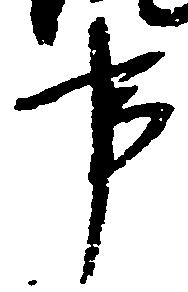
事